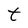
Character: t